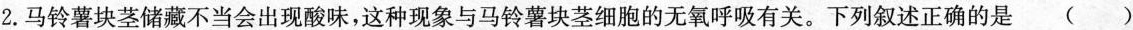
2.马铃薯块茎储藏不当会出现酸味，这种现象与马铃薯块茎细胞的无氧呼吸有关。下列叙述正确的是 （ ）